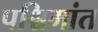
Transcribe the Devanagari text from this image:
पश्चिमांत